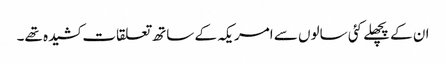
ان کے پچھلے کئی سالوں سے امریکہ کے ساتھ تعلقات کشیدہ تھے۔